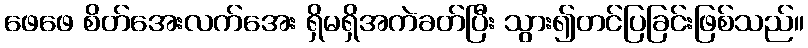
ဖေဖေ စိတ်အေးလက်အေး ရှိမရှိအကဲခတ်ပြီး သွား၍တင်ပြခြင်းဖြစ်သည်။